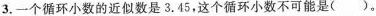
3.一个循环小数的近似数是3.45，这个循环小数不可能是()。